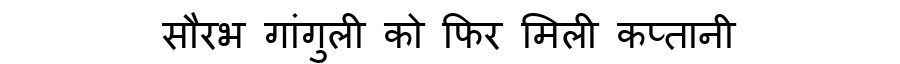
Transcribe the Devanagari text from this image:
सौरभ गांगुली को फिर मिली कप्तानी